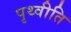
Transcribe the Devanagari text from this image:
पृथ्वीति